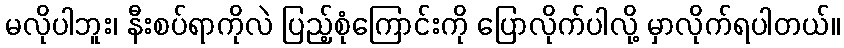
မလိုပါဘူး၊ နီးစပ်ရာကိုလဲ ပြည့်စုံကြောင်းကို ပြောလိုက်ပါလို့ မှာလိုက်ရပါတယ်။